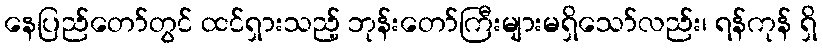
နေပြည်တော်တွင် ထင်ရှားသည့် ဘုန်းတော်ကြီးများမရှိသော်လည်း၊ ရန်ကုန် ရှိ